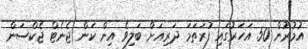
އުމުރުން 50 އަހަރުގައި ފުރަތަމަ ދަރިއަށް ބަލިވެ އިން ކަން ޖެނެޓް ޖެކްސަން